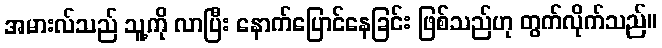
အမားလ်သည် သူ့ကို လာပြီး နောက်ပြောင်နေခြင်း ဖြစ်သည်ဟု တွက်လိုက်သည်။